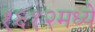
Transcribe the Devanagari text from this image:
१६१२मध्ये